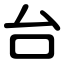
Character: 台